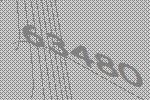
63480